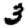
Digit: 3